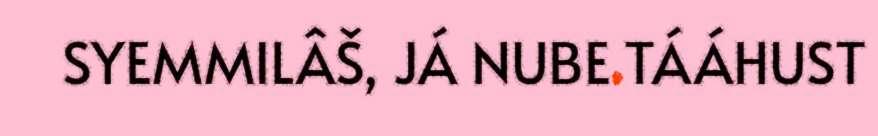
SYEMMILÂŠ, JÁ NUBE TÁÁHUST